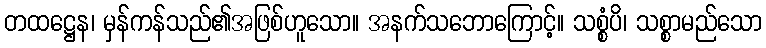
တထဋ္ဌေန၊ မှန်ကန်သည်၏အဖြစ်ဟူသော။ အနက်သဘောကြောင့်။ သစ္စံပိ၊ သစ္စာမည်သော